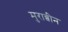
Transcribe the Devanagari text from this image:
मुराब्बीन